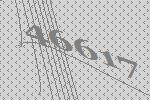
46617